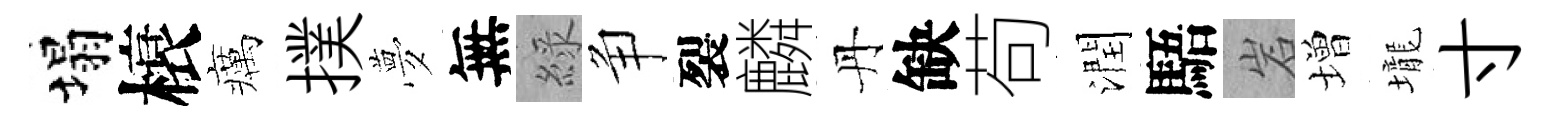
塌榱癘撲夢無綠争裂麟丹缺苟潤䮏岩増壠寸